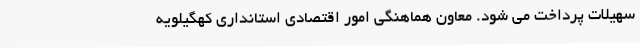
سهیلات پرداخت می شود. معاون هماهنگی امور اقتصادی استانداری کهگیلویه